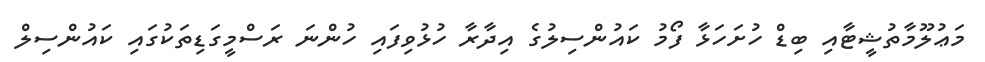
މަޢުލޫމާތުޝީޓާއި ބިޑް ހުށަހަޅާ ފޯމު ކައުންސިލުގެ އިދާރާ ހުޅުވިފައި ހުންނަ ރަސްމީގަޑިތަކުގައި ކައުންސިލް